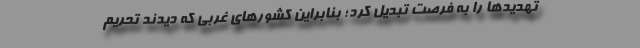
تهدید‌ها را به فرصت تبدیل کرد؛ بنابراین کشور‌های غربی که دیدند تحریم